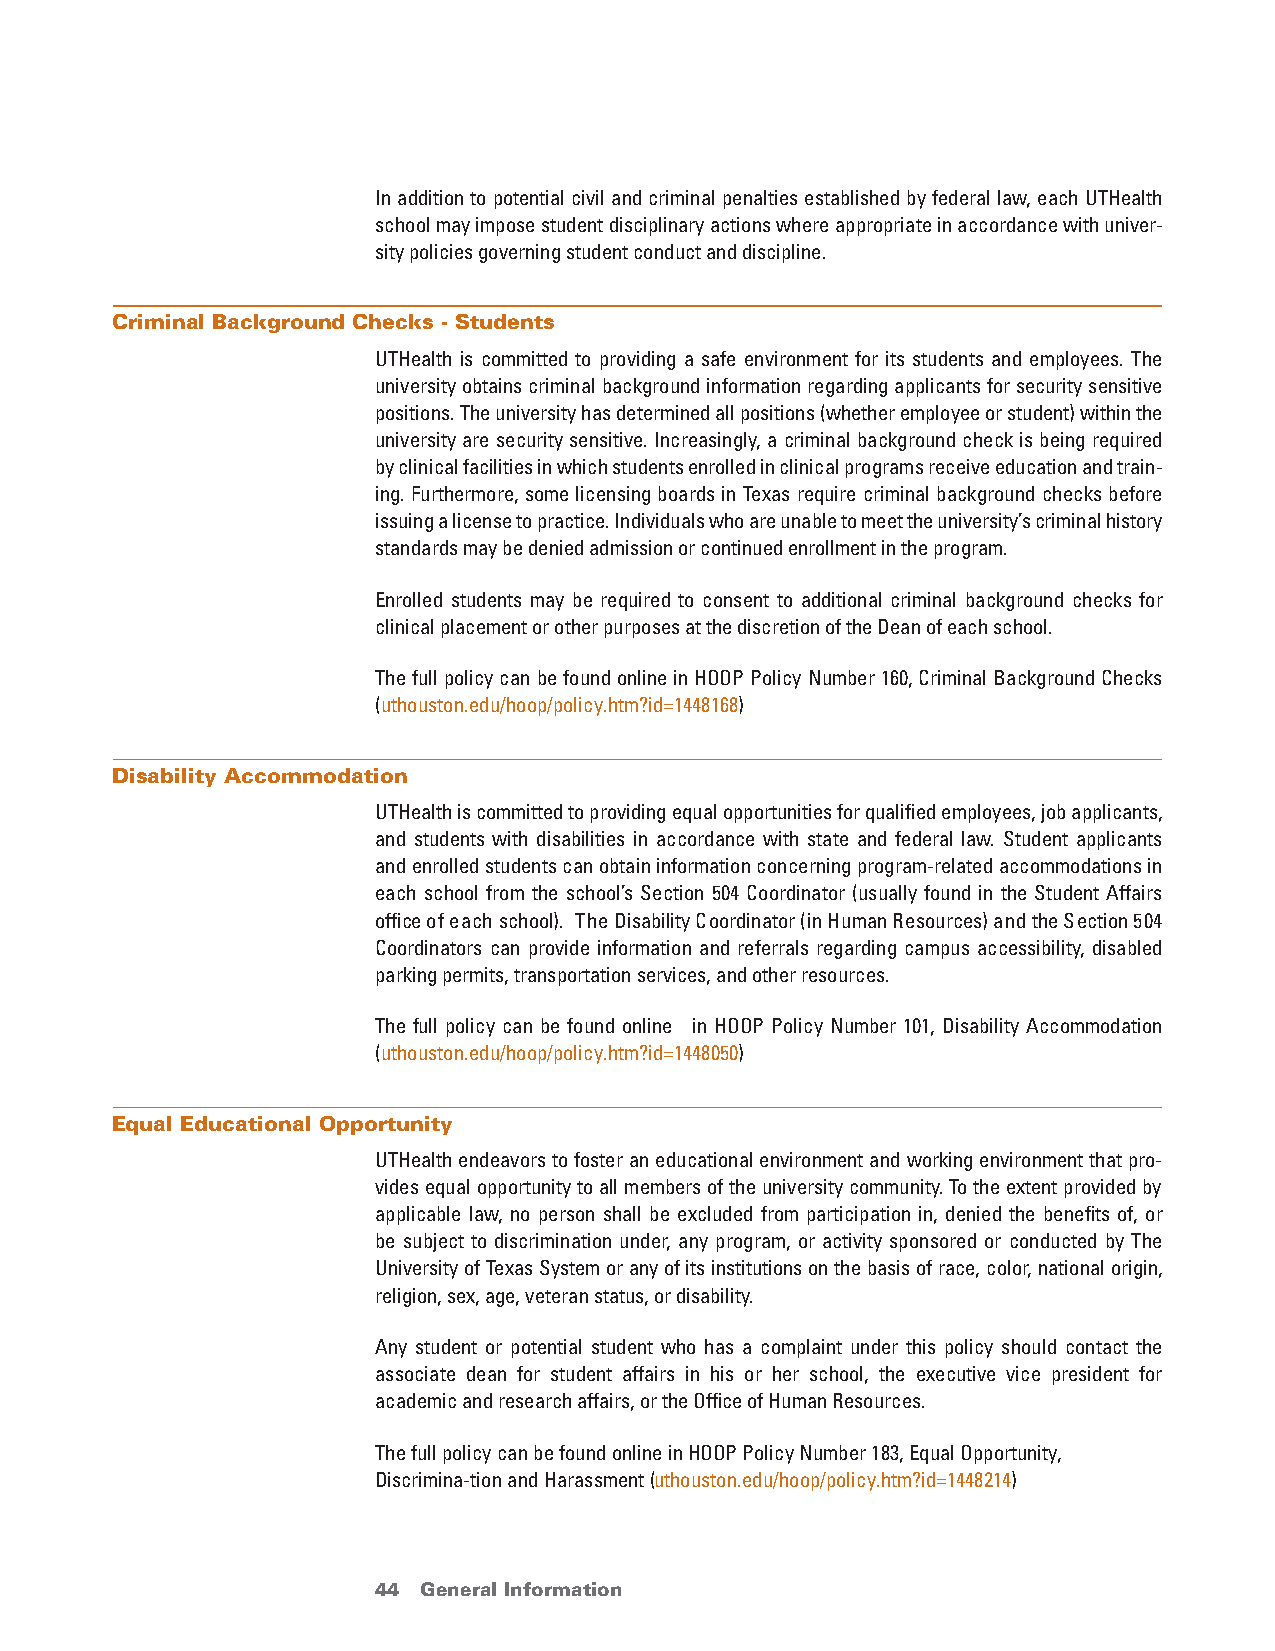
In addition to potential civil and criminal penalties established by federal law, each UTHealth
 school may impose student disciplinary actions where appropriate in accordance with univer-
 sity policies governing student conduct and discipline.
 Criminal Background Checks - Students
 UTHealth is committed to providing a safe environment for its students and employees. The
 university obtains criminal background information regarding applicants for security sensitive
 positions. The university has determined all positions (whether employee or student) within the
 university are security sensitive. Increasingly, a criminal background check is being required
 by clinical facilities in which students enrolled in clinical programs receive education and train-
 ing. Furthermore, some licensing boards in Texas require criminal background checks before
 issuing a license to practice. Individuals who are unable to meet the university’s criminal history
 standards may be denied admission or continued enrollment in the program.
 Enrolled students may be required to consent to additional criminal background checks for
 clinical placement or other purposes at the discretion of the Dean of each school.
 The full policy can be found online in HOOP Policy Number 160, Criminal Background Checks
 (uthouston.edu/hoop/policy.htm?id=1448168)
 Disability Accommodation
 UTHealth is committed to providing equal opportunities for qualified employees, job applicants,
 and students with disabilities in accordance with state and federal law. Student applicants
 and enrolled students can obtain information concerning program-related accommodations in
 each school from the school’s Section 504 Coordinator (usually found in the Student Affairs
 office of each school). The Disability Coordinator (in Human Resources) and the Section 504
 Coordinators can provide information and referrals regarding campus accessibility, disabled
 parking permits, transportation services, and other resources.
 The full policy can be found online in HOOP Policy Number 101, Disability Accommodation
 (uthouston.edu/hoop/policy.htm?id=1448050)
 Equal Educational Opportunity
 UTHealth endeavors to foster an educational environment and working environment that pro-
 vides equal opportunity to all members of the university community. To the extent provided by
 applicable law, no person shall be excluded from participation in, denied the benefits of, or
 be subject to discrimination under, any program, or activity sponsored or conducted by The
 University of Texas System or any of its institutions on the basis of race, color, national origin,
 religion, sex, age, veteran status, or disability.
 Any student or potential student who has a complaint under this policy should contact the
 associate dean for student affairs in his or her school, the executive vice president for
 academic and research affairs, or the Office of Human Resources.
 The full policy can be found online in HOOP Policy Number 183, Equal Opportunity,
 Discrimina-tion and Harassment (uthouston.edu/hoop/policy.htm?id=1448214)
 44 General Information                 return to Table of Contents